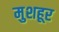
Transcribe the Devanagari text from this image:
मुशहूर